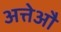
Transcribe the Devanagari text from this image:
अत्तेऔ